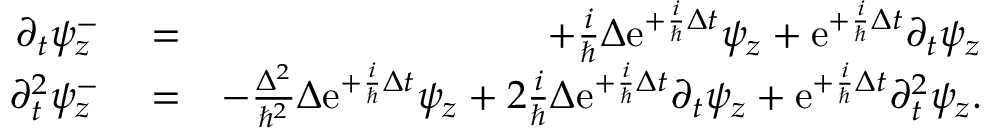
\begin{array} { r l r } { \partial _ { t } \psi _ { z } ^ { - } } & { { } = } & { + \frac { i } { \hbar } \Delta \mathrm { e } ^ { + \frac { i } { \hbar } \Delta t } \psi _ { z } + \mathrm { e } ^ { + \frac { i } { \hbar } \Delta t } \partial _ { t } \psi _ { z } } \\ { \partial _ { t } ^ { 2 } \psi _ { z } ^ { - } } & { { } = } & { - \frac { \Delta ^ { 2 } } { \hbar ^ { 2 } } \Delta \mathrm { e } ^ { + \frac { i } { \hbar } \Delta t } \psi _ { z } + 2 \frac { i } { \hbar } \Delta \mathrm { e } ^ { + \frac { i } { \hbar } \Delta t } \partial _ { t } \psi _ { z } + \mathrm { e } ^ { + \frac { i } { \hbar } \Delta t } \partial _ { t } ^ { 2 } \psi _ { z } . } \end{array}